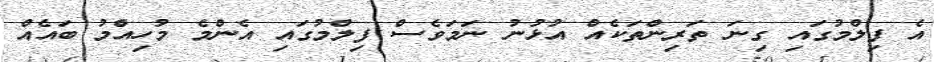
އެ ފިލްމުގައި ގިނަ ތަރިންތަކެއް އުޅުނު ނަމަވެސް ފިލްމުގައި އެންމެ މުހިއްމު ބައެއް